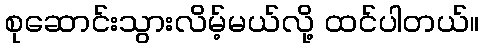
စုဆောင်းသွားလိမ့်မယ်လို့ ထင်ပါတယ်။